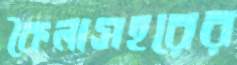
কৈলাসহরের